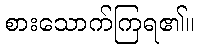
စားသောက်ကြရ၏။